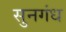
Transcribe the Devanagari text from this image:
सुनगंध